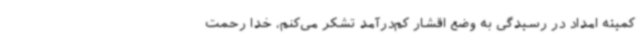
کمیته امداد در رسیدگی به وضع اقشار کم‌درآمد تشکر می‌کنم، خدا رحمت